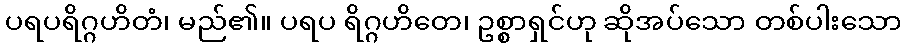
ပရပရိဂ္ဂဟိတံ၊ မည်၏။ ပရပ ရိဂ္ဂဟိတေ၊ ဥစ္စာရှင်ဟု ဆိုအပ်သော တစ်ပါးသော